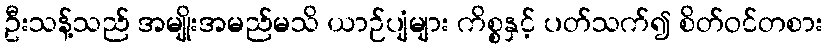
ဦးသန့်သည် အမျိုးအမည်မသိ ယာဉ်ပျံများ ကိစ္စနှင့် ပတ်သက်၍ စိတ်ဝင်တစား